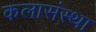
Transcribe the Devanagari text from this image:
कलासंस्था